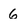
Character: 6